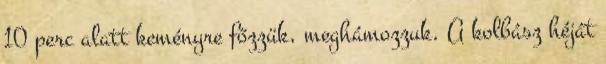
10 perc alatt keményre főzzük, meghámozzuk. A kolbász héját